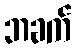
ဘခက်